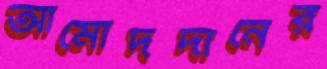
আমোদদানের